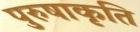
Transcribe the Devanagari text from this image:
पुरुषाकृति